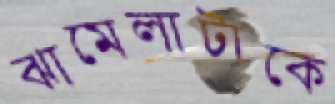
ঝামেলাটাকে